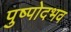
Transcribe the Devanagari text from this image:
पुष्पोदभव